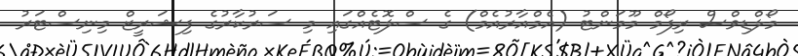
މޯލްޑިވްސް ރިފޯމް މޫމަންޓު (އެމްއާރުއެމް) ގެ ސްލޮޓެއްގައި މި ސަރުކާރުގެ ފިޝަރީޒް މިނިސްޓަރު